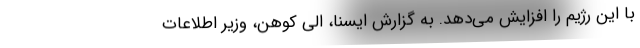
با این رژیم را افزایش می‌دهد. به گزارش ایسنا، الی کوهن، وزیر اطلاعات